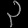
Digit: ၃